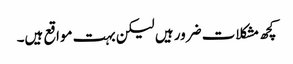
کچھ مشکلات ضرور ہیں لیکن بہت مواقع ہیں۔